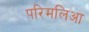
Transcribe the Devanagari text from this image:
परिमलिआ